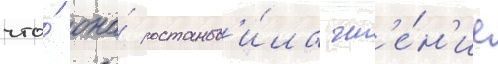
что́ она́ останов'и́ла чт'е́н'ие